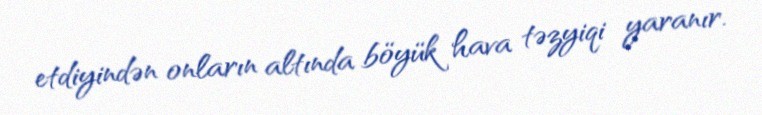
etdiyindən onların altında böyük hava təzyiqi yaranır.